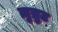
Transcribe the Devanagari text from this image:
ज़ुम्रुट